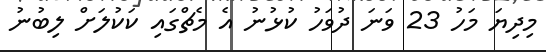
މިދިޔަ މަހު 23 ވަނަ ދުވަހު ކުޅުނު އެ މެޗްގައި ކަކުލަށް ލިބުނު